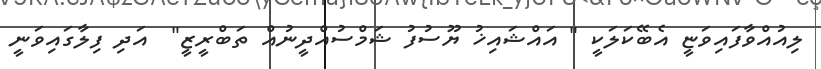
ލިއުއްވާފައިވަޏީ އެބޭކަލަކީ " އައްޝައިޚު ޔޫސުފު ޝަމްސުއްދީނުއް ތަބްރީޒީ"  އަދި ފިލާގައިވަނީ